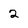
Character: 2